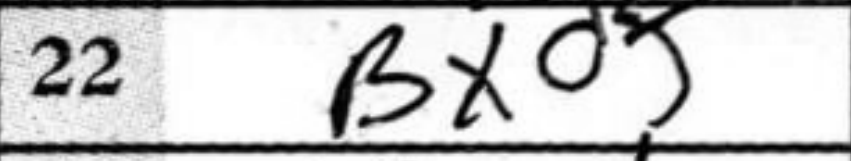
Transcription: Bxd+